画像に写った文字を読んでください
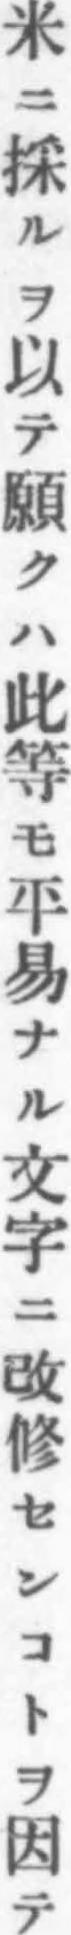
「米ニ採ルヲ以テ願クハ此等モ平易ナル文字ニ改修センコトヲ因テ」と書いてあります